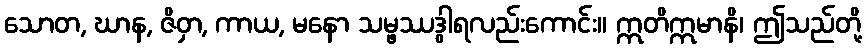
သောတ, ဃာန, ဇိဝှာ, ကာယ, မနော သမ္ဖဿဒွါရလည်းကောင်း။ ဣတိဣမာနိ၊ ဤသည်တို့